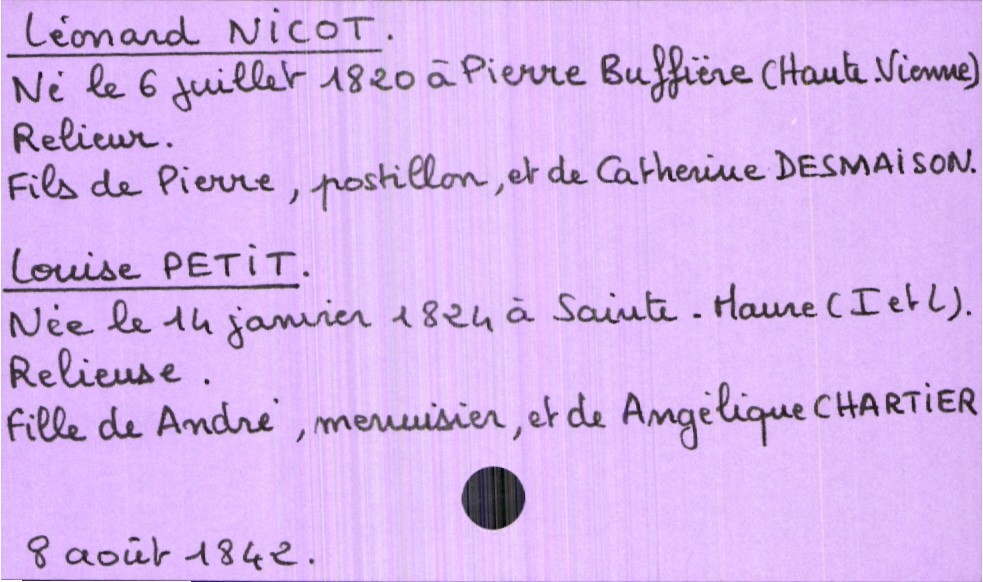
type_acte: Mariage
année: 1842
mois: août
jour: 8
marié_nom: Nicot
marié_prénom: Léonard
marié_profession: relieur
marié_date_de_naissance: 6 juillet 1820
marié_lieu_de_naissance: Pierre Buffière (Haute-Vienne)
père_marié_nom: Nicot
père_marié_prénom: Pierre
père_marié_profession: postillon
mère_marié_nom: Desmaison
mère_marié_prénom: Catherine
mariée_nom: Petit
mariée_prénom: Louise
mariée_profession: relieuse
mariée_date_de_naissance: 14 janvier 1824
mariée_lieu_de_naissance: Sainte-Maure (Indre-et-Loire)
père_mariée_nom: Petit
père_mariée_prénom: André
père_mariée_profession: menuisier
mère_mariée_nom: Chartier
mère_mariée_prénom: Angélique